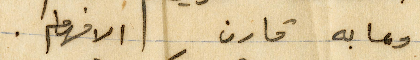
وما به قارن الافهام